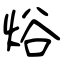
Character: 焀